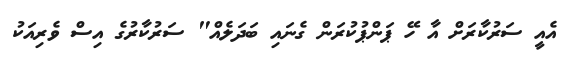
އެއީ ސަރުކާރަށް އާ ހޭ ޕަންޕުކުރަން ގެނައި ބަދަލެއް" ސަރުކާރުގެ އިސް ވެރިއަކު